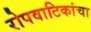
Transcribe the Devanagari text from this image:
रोपवाटिकांचा